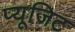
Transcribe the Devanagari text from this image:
प्यूजिट